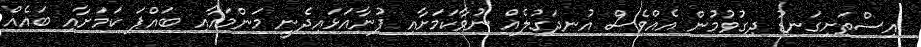
އިސްތަށިގަނޑު ދިގުވުމުން އެއްވެސް އުނދަގުލެއް ނުވާކަމަށާއި ފުނާއަޅައިދެނީ މަންމައާއި ބައްޕަ ކަމަށާއި ބައެއް